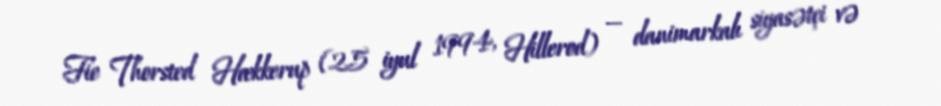
Fie Thorsted Hækkerup (25 iyul 1994, Hillerod) — danimarkalı siyasətçi və